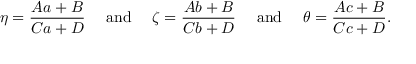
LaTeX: \eta = { \frac { A a + B } { C a + D } } \quad { \mathrm { ~ a n d ~ } } \quad \zeta = { \frac { A b + B } { C b + D } } \quad { \mathrm { ~ a n d ~ } } \quad \theta = { \frac { A c + B } { C c + D } } .